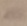
Text: -